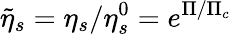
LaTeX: \tilde{\eta}_{s}=\eta_{s}/\eta_{s}^{0}=e^{\Pi/\Pi_{c}}